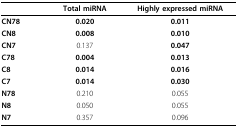
|  | Total miRNA | Highly expressed miRNA |
 | --- | --- | --- |
 | CN78 | 0.020 | 0.011 |
 | CN8 | 0.008 | 0.010 |
 | CN7 | 0.137 | 0.047 |
 | C78 | 0.004 | 0.013 |
 | C8 | 0.014 | 0.016 |
 | C7 | 0.014 | 0.030 |
 | N78 | 0.210 | 0.055 |
 | N8 | 0.050 | 0.055 |
 | N7 | 0.357 | 0.096 |